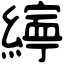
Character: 𦅜